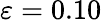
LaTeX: \varepsilon=0.10